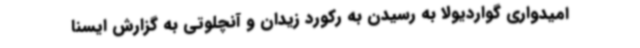
امیدواری گواردیولا به رسیدن به رکورد زیدان و آنچلوتی به گزارش ایسنا